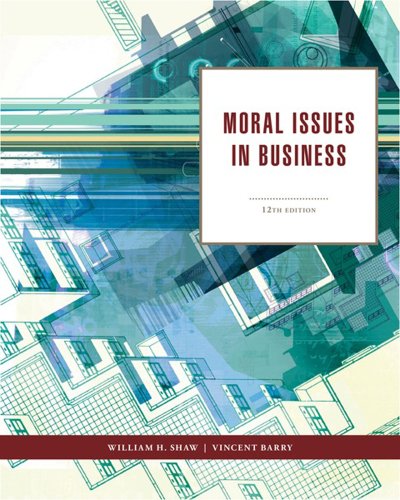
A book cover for Moral Issues in Business; William H. Shaw; Business & Money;